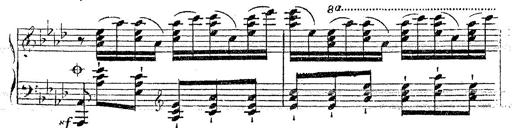
Title: 12 Lieder von Franz Schubert
Composer: Franz Liszt